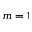
m = 1